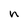
Character: n